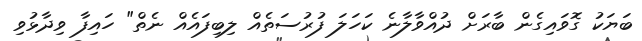
ބަޔަކު ގޮވައިގެން ބާރަށް ދުއްވާލާނެ ކަހަލަ ފުރުސަތެއް ލިބިފައެއް ނެތް" ހައިފާ ވިދާޅުވި